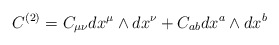
\begin{align*}C^{(2)} = C_{\mu\nu} dx^\mu \wedge dx^\nu + C_{ab} dx^a\wedge dx^b\end{align*}